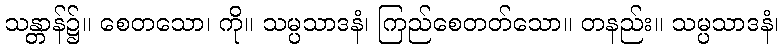
သန္တာန်၌။ စေတသော၊ ကို။ သမ္ပသာဒနံ၊ ကြည်စေတတ်သော။ တနည်း။ သမ္ပသာဒနံ၊